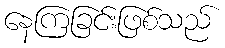
နေကြခြင်းဖြစ်သည်